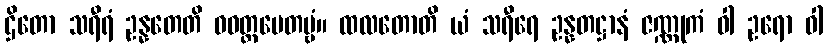
ဌိတော သရီရံ ဥန္နတေတိ ဝဝတ္ထပေတဗ္ဗံ။ ထလတောတိ ယံ သရီရေ ဥန္နတဋ္ဌာနံ ဇဏ္ဏုကံ ဝါ ဥရော ဝါ